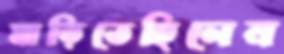
মাড়িতেছিলেন